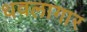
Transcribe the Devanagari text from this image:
धवलागार